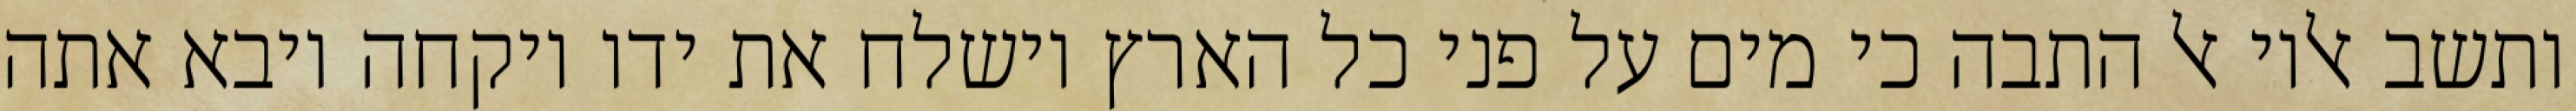
ותשב אליו אל התבה כי מים על פני כל הארץ וישלח את ידו ויקחה ויבא אתה